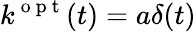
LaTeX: k^{\mathrm{~o~p~t~}}(t)=a\delta(t)